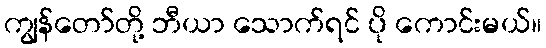
ကျွန်တော်တို့ ဘီယာ သောက်ရင် ပို ကောင်းမယ်။